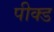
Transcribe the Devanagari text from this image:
पीक्ड